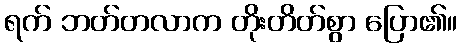
ရက် ဘတ်တလာက တိုးတိတ်စွာ ပြော၏။